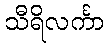
သီရိလင်္ကာ